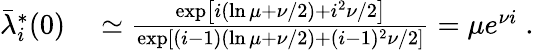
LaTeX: \begin{array}{rl}{\bar{\lambda}_{i}^{*}(0)}&{{}\simeq\frac{\exp\left[i(\ln\mu+\nu/2)+i^{2}\nu/2\right]}{\exp\left[(i-1)(\ln\mu+\nu/2)+(i-1)^{2}\nu/2\right]}=\mu e^{\nu i}\; .}\end{array}